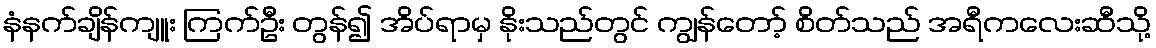
နံနက်ချိန်ကျူး ကြက်ဦး တွန်၍ အိပ်ရာမှ နိုးသည်တွင် ကျွန်တော့် စိတ်သည် အရီကလေးဆီသို့